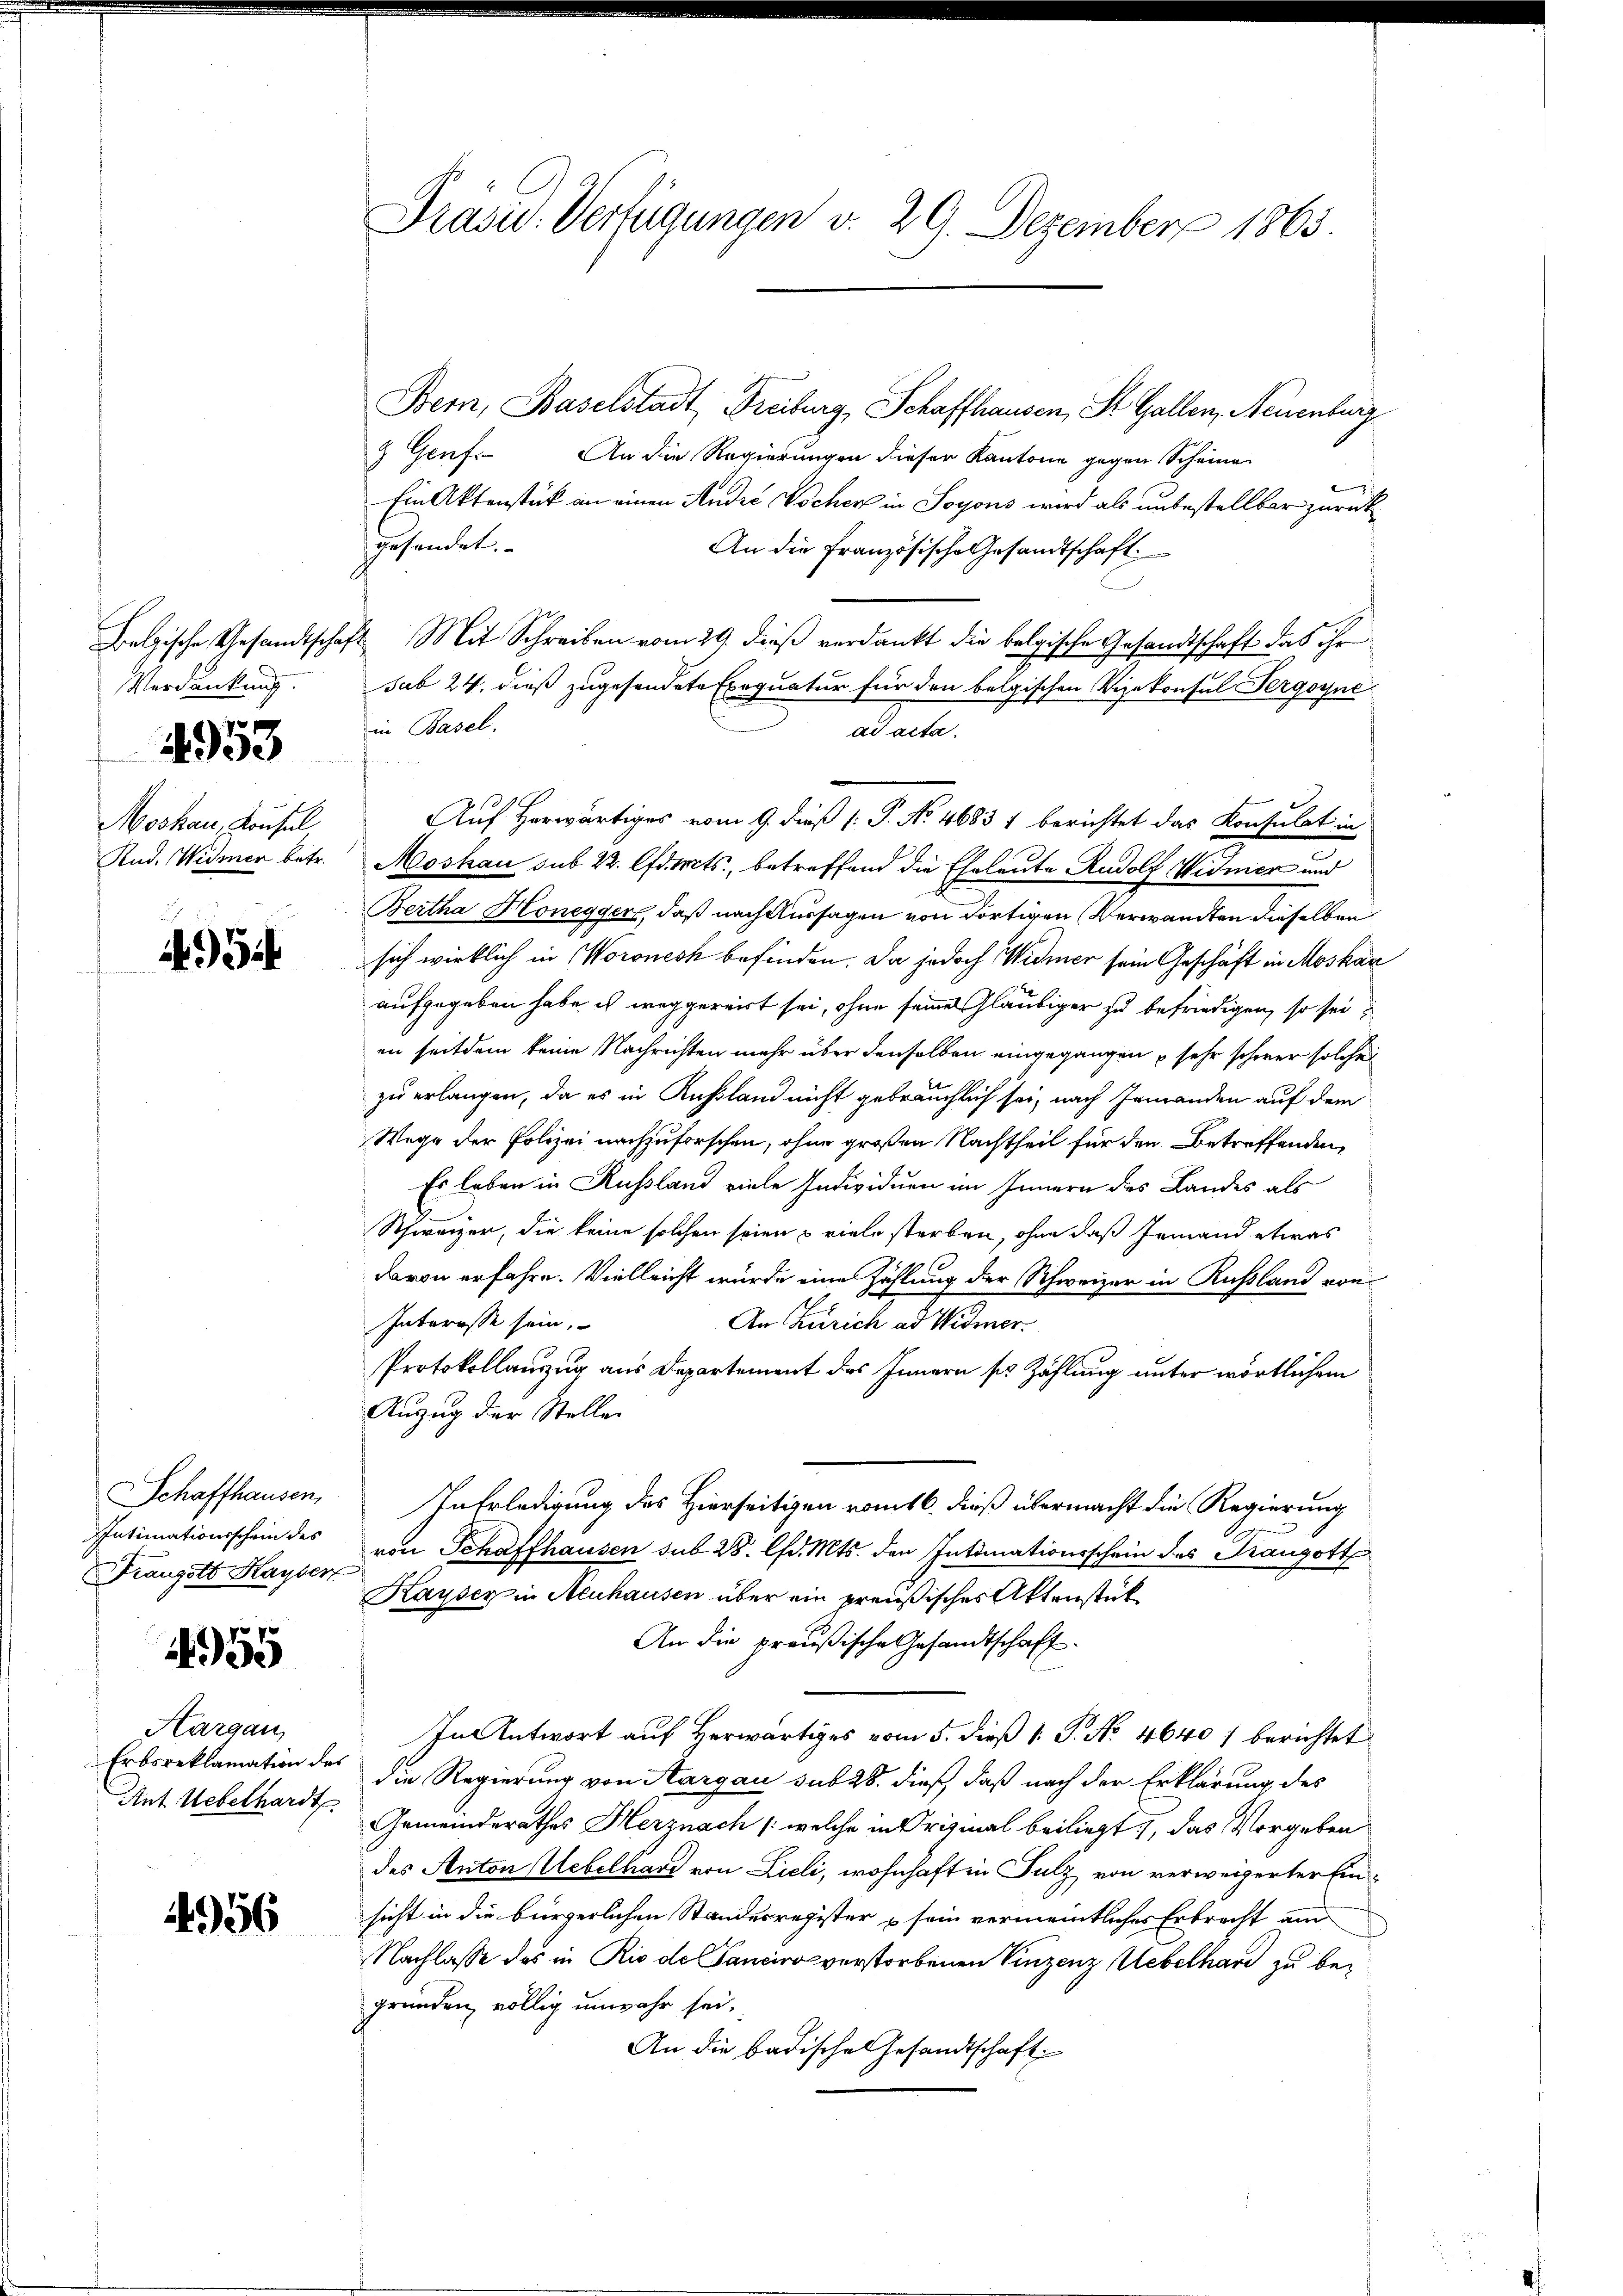
Verdankung.
4953
Moskau, Konsul
Rud. Widmen betr.

34

Schaffhausen,
Intimationsschein des
Franzots Kayser

4955

Aargau,
Erbsreklamation des
Ant. Uebelhardt

4956

Präsid. Verfügungen v. 29. Dezember 1865.

Bern, Baselstadt, Freiburg, Schaffhausen, St. Gallen, Neuenburg
3 Genf. An die Regierungen dieser Kantone gegen Scheine
Ein Aktenstück an einen Andre Wocher in Soyons wird als unbestellbar zurückgesandet. |
An die Französische Gesandtschaft.
Belgische Gesandtschaft. Mit Schreiben vom 29. dieß verdankt die belgische Gesandtschaft das ihr
sub 24. dieß zugesendete Exequatur für den belgischen Vizekonsul Pergoynein Basel.
ad acta.
Moskau sub 22. Edits, betreffend die Eheleute Rudolf Widmer und
Bertha Honegger, daß nach Aussagen von dortigen Verwandten dieselben
sich wirklich in Woronesk befinden. Da jedoch Widmer sein Geschäft in Moskau
aufgegeben habe ich weggereist sei, ohne seines Gläubiger zu befriedigen, so sei
en seitdem keine Nachrichten mehr über denselben eingegangen sehr schwer solches
zu erlangen, da es in Russland nicht gebräuchlich sei, nach Jemanden auf dem
Wege der Polizei nachzuforschen, ohne großen Nachtheil für den Betreffenden,
Es leben in Russland viele Individuen im Innern des Landes als
Schweizer, die keine solchen seien & viele sterben, ohne daß jemand etwas
davon erfahre. Vielleicht wurde eine Zählung der Schweizer in Russland von
Interesse sein.
An Zürich ad Widmer.
Protokollanzug aus Departement des Innern so Zählung unter wörtlichem
Anzug der Stelle
In Erledigung des Hierseitigen vom 16. dieß übermacht die Regierung
von Schaffhausen sub 28. d. Mts. den Intimationsschein des Kaugott
Kayser in Neuhausen über ein preußisches Aktenstück
An die preußische Gesandtschaft.
In Antwort auf Herwärtiges vom 5. dieß [ P. No 4640/ berichtet
die Regierung von Aargau sub 28. dieß, daß nach der Erklärung des
Gemeinderathes Herznach /: welche in Original beiliegt, das Vorgeben
des Anton Uebelhard von Lieli, wohnhaft in Sulz von verweigerter Einsicht in die bürgerlichen Standesregister sein vermeintliches Erbrecht am
Nachlasse des in Rio de Sanciro verstorbenen Vinzenz Uebelhard zu begründen völlig unwahr sei.
An die badische Gesandtschaft

Auf Herwärtiges vom 9. dieß [ P. No 4683 1 berichtet das Konsulat in